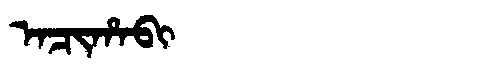
Manchu: ᠠᠴᡳᡥᠠᠪᡳ
Romanization: ACIHABI